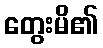
တွေးမိ၏